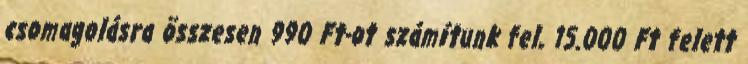
csomagolásra összesen 990 Ft-ot számítunk fel, 15.000 Ft felett